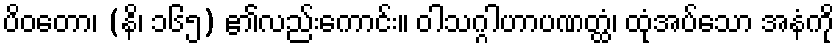
ပိဝတော၊ (နိ၊ ၁၆၅) ၏လည်းကောင်း။ ဝါသဂ္ဂါဟာပဏတ္ထံ၊ ထုံအပ်သော အနံကို